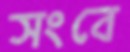
সংবে